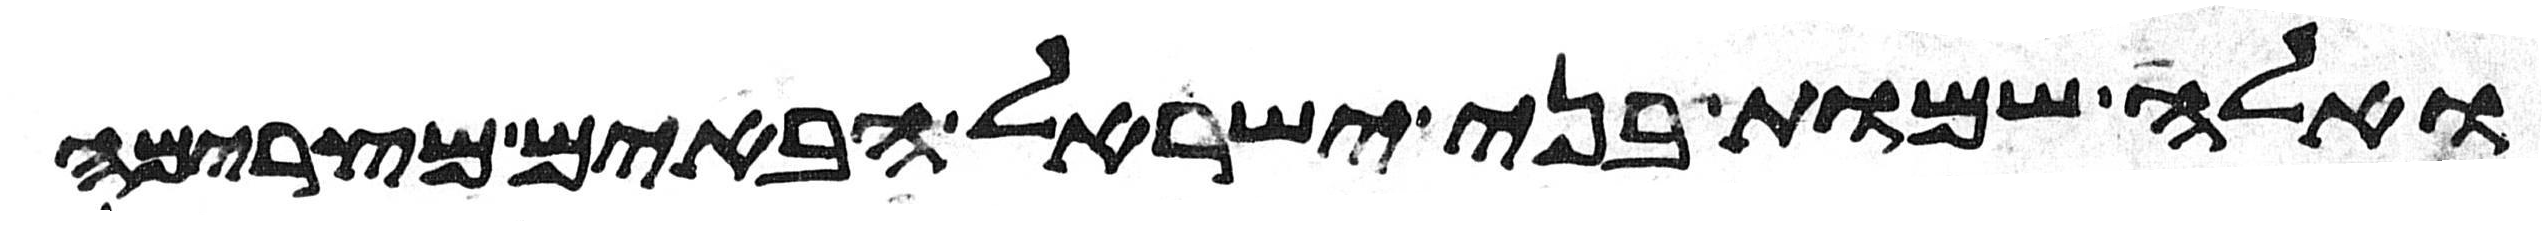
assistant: ואלה שמות בני ישראל הבאים מצרימה